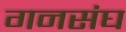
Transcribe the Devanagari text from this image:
गनसंघ